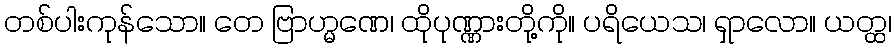
တစ်ပါးကုန်သော။ တေ ဗြာဟ္မဏေ၊ ထိုပုဏ္ဏားတို့ကို။ ပရိယေသ၊ ရှာလော။ ယတ္ထ၊